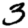
Digit: 3